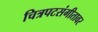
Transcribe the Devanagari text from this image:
चित्रपटसंगीतावर